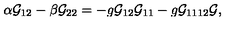
\alpha { \cal G } _ { 1 2 } - \beta { \cal G } _ { 2 2 } = - g { \cal G } _ { 1 2 } { \cal G } _ { 1 1 } - g { \cal G } _ { 1 1 1 2 } { \cal G } ,